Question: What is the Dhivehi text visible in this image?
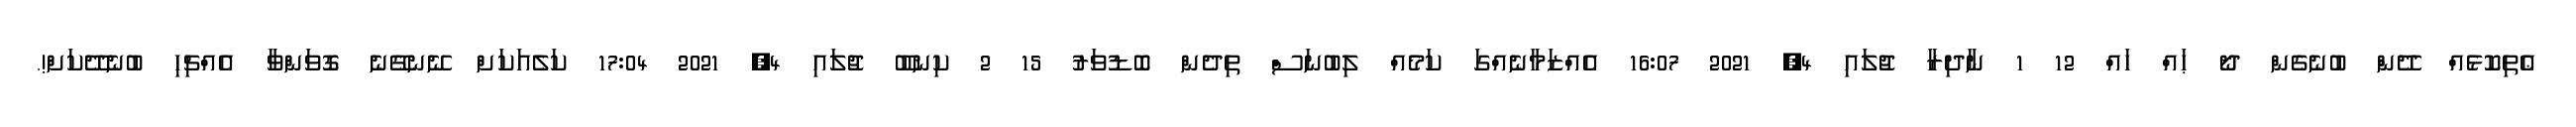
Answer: ޢެތިކޮޅެއް ދޭންް ބުނެގެން ދޯ ޙައް ހައް 12 1 ނާދިރާ ޖުލައި 4, 2021 16:07 އެއްޒަމާނެއްގަ ކަމެއް ލިބުނަސްް ތިދެން ބޮޑުވަރު 15 2 ކިނބޫ ޖުލައި 4, 2021 17:04 ކަލެއަކަށް ނޭނގޭނެ ގޮވަންވާ އެއްޗިހި ބުނެދޭކަށް!.